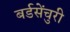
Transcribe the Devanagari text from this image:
बर्डसेंचुरी